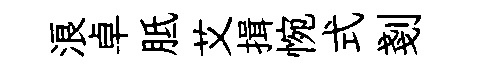
浪卓胝艾揖惋式剗